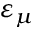
\varepsilon _ { \mu }